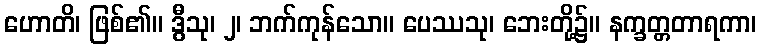
ဟောတိ၊ ဖြစ်၏။ ဒွီသု၊ ၂၊ ဘက်ကုန်သော။ ပေဿသု၊ ဘေးတို့၌။ နက္ခတ္တတာရကာ၊